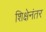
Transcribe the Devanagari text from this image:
शिक्षेनंतर